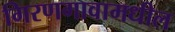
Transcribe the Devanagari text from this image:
गिरणगावामधील